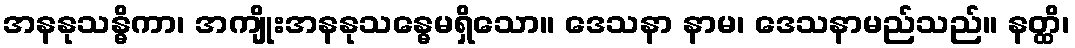
အနနုသန္ဓိကာ၊ အကျိုးအနနုသန္ဓေမရှိသော။ ဒေသနာ နာမ၊ ဒေသနာမည်သည်။ နတ္ထိ၊